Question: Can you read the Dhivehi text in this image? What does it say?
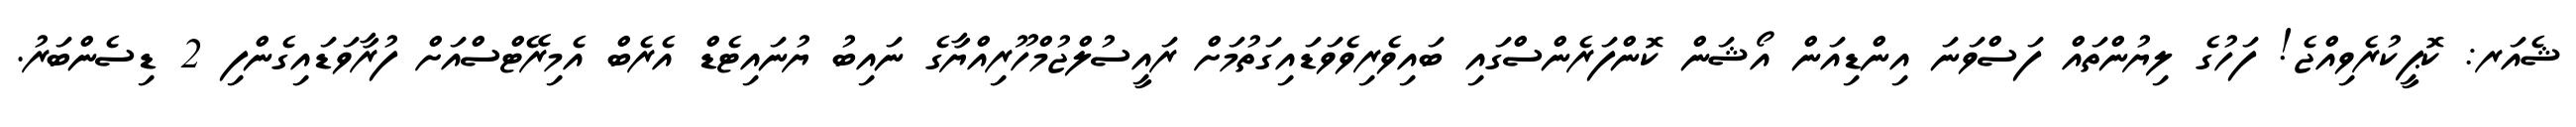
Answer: ޝެއަރ: ކޮޕީކުރެވިއްޖެ! ފަހުގެ ލިޔުންތައް ފަސްވަނަ އިންޑިއަން އޯޝަން ކޮންފަރެންސްގައި ބައިވެރިވެވަޑައިގަތުމަށް ރައީސުލްޖުމްހޫރިއްޔާގެ ނައިބު ޔުނައިޓެޑް އެރެބް އެމިރޭޓްސްއަށް ފުރާވަޑައިގެންފި 2 ޑިސެންބަރު.